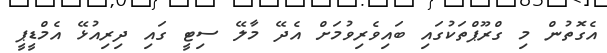
އެގޮތުން މި ގްރޫޕްތަކުގައި ބައިވެރިވުމަށް އެދޭ މާލޭ ސިޓީ ގައި ދިރިއުޅޭ އެމްޑީޕީ